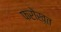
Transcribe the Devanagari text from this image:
फरोख़्त